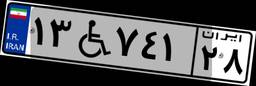
۱۳W۷۴۱۲۸